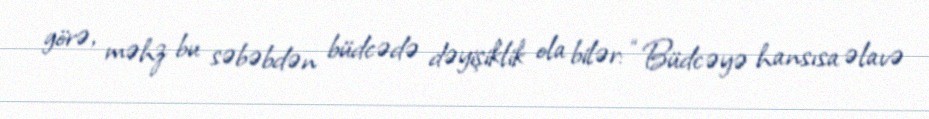
görə, məhz bu səbəbdən büdcədə dəyişiklik ola bilər: “Büdcəyə hansısa əlavə